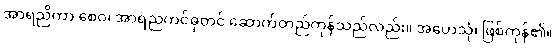
အာရညိကာ စေဝ၊ အာရညကင်ဓုတင် ဆောက်တည်ကုန်သည်လည်း။ အဟေသုံ၊ ဖြစ်ကုန်၏။